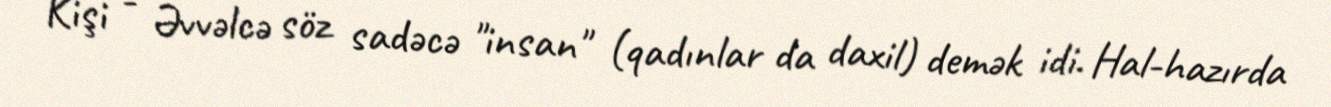
Kişi - Əvvəlcə söz sadəcə "insan" (qadınlar da daxil) demək idi. Hal-hazırda